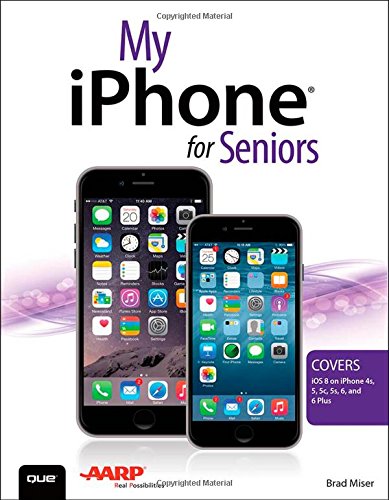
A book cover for My iPhone for Seniors (Covers iOS 8 for iPhone 6/6 Plus, 5S/5C/5, and 4S); Brad Miser; Computers & Technology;